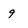
Character: q